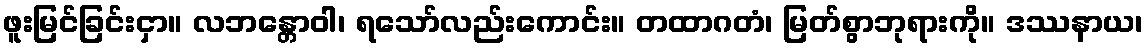
ဖူးမြင်ခြင်းငှာ။ လဘန္တောဝါ၊ ရသော်လည်းကောင်း။ တထာဂတံ၊ မြတ်စွာဘုရားကို။ ဒဿနာယ၊